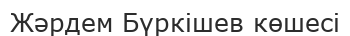
Жәрдем Бүркішев көшесі